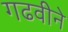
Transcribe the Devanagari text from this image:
गढवीने